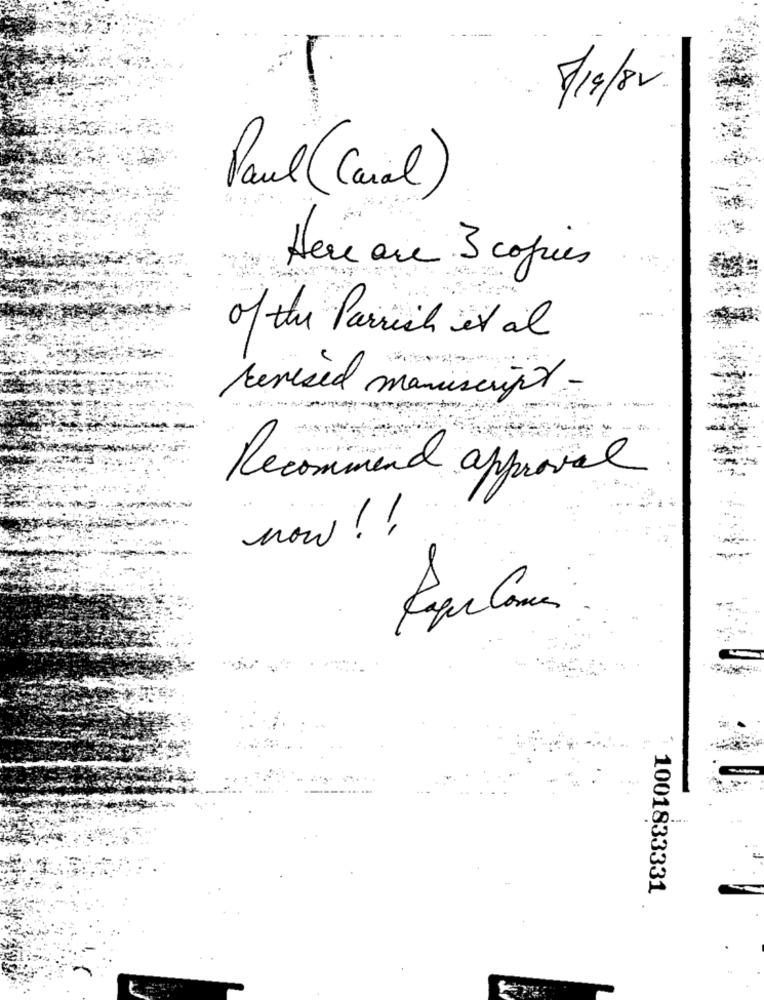
5/19/82
Paul (Canal)
Here are 3 copies
of the Parrish et al
revised manuscript -
-------
Recommend approval
now ! !
-
1001833331